Report of the Indian Hemp Drugs Commission, 1894-1895 - Volume VII
Year: 1894
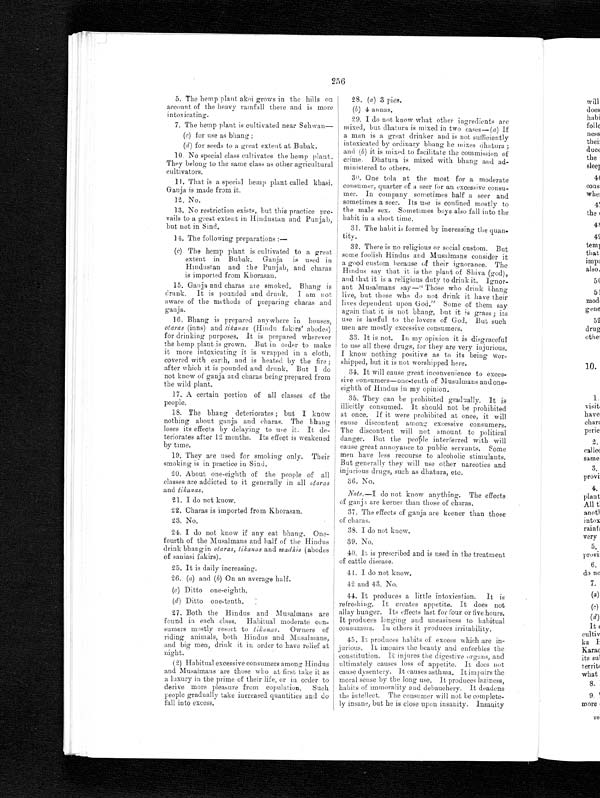
256
5. The hemp plant akoi grows in the hills on
account of the heavy rainfall there and is more
intoxicating.
7. The hemp plant is cultivated near Sehwan—
(c) for use as bhang ;
(d ) for seeds to a great extent at Bubak.
10. No special class cultivates the hemp plant.
They belong to the same class as other agricultural
cultivators,
11. That is a special hemp plant called khasi.
Ganja is made from it.
12. No.
13. No restriction exists, but this practice pre-
vails to a great extent in Hindustan and Punjab,
but not in Sind.
14. The following preparations :
—
(c) The hemp plant is cultivated to a great
extent in Bubak. Ganja is used in
Hindustan and the Punjab, and charas
is imported from Khorasan.
15. Ganja and charas are smoked. Bhang is
drunk. It i
s p o u n d e d a n d d r u n k . I a m n o t a w a r e o f t h e m e t h o d s o f p r e p a r i n g c h a r a s a n d
ganja.
16. Bhang is prepared anywhere in houses,
otaras (inns) and tikanas (Hindu fakirs' abodes)
for drinking purposes. It is prepared wherever
the hemp plant is grown. But in order to make
it more intoxicating it is wrapped in a cloth,
covered with earth, and is heated by the fire ;
after which it is pounded and drunk. But I do
not know of ganja and charas being prepared from
the wild plant.
17. A certain portion of all classes of the
people.
18. The bhang deteriorates ; but I know
nothing about ganja and charas The bhang
loses its effects by delaying to use it. It de-
teriorates after 12 months. Its effect is weakened
by time.
19. They are used for smoking only. Their
smoking is in practice in Sind.
20. About one-eighth of the people of all
classes are addicted to it generally in all otaras
and tikanas.
21. I do not know.
22. Charas is imported from Khorasan
.
23. No.
24. I do not know if any eat bhang. One-
fourth of the Musalmans and half of the Hindus
drink bhang in otaras, tikanas and madhis (abodes
of saniasi fakirs).
25. It is daily increasing.
26. (a) and (b) On an average half.
(c) Ditto one-eighth.
(d) Ditto one-tenth.
27. Both the Hindus and Musalmans are
found in each class. Habitual moderate con-
sumers mostly resort to tikanas. Owners of
riding animals, both Hindus and Musalmans,
and big men, drink it in order to have relief at
night.
(2) Habitual excessive consumers among Hindus
and Musalmans are those who at first take it as
a luxury in the prime of their life, or in order to
derive more pleasure from copulation. Such
people gradually take increased quantities and do
fall into excess.
28. ( a) 3 pies.
(b) 4 a n n a s .
29. I do not know what other ingredients are
mixed, but dhatura is mixed in two cases— ( a) If
a man is a great drinker and is not sufficiently
intoxicated by ordinary bhang he mixes dhatura
and (b) it is mixed to facilitate the commission of
crime, Dhatura is mixed with bhang and ad-
ministered to others.
30. One tola at the most for a moderate
consumer, quarter of a seer for an excessive consu-
mer. In company sometimes half a seer and
sometimes a seer. Its use is confined mostly to
the male sex. Sometimes boys also fall into the
habit in a short time.
31. The habit is formed by increasing the quan-
tity.
32. There is no religious or social custom. But
some foolish Hindus and Musalmans consider it
a good custom because of their ignorance. The
Hindus say that it is the plant of Shiva (god),
and that it is a religious duty to drink it. Ignor-
ant Musalmans say—" Those who drink bhang
l i v e , b u t t h o s e w h o d o n o t d r i n k i t h a v e t h e i r l i v e s d e p e n d e n t u p o n G o d . " S o m e o f t h e m s a y
again that it is not bhang, but it is grass ; its
use is lawful to the lovers of God. But such
men are mostly excessive consumers.
33. It is not. In my opinion it is disgraceful
to use all these drugs, for they are very injurious.
I know nothing positive as to its being wor-
shipped, but it is not worshipped here.
34. It will cause great inconvenience to exces-
sive consumers—one-tenth of Musulmans and one-
eighth of Hindus in my opinion.
35. They can be prohibited gradually. It is
illicitly consumed. It should not be prohibited
at once, If it were prohibited at once, it will
cause discontent among excessive consumers.
The discontent will not amount to political
danger. But the people interferred with will
cause great annoyance to public servants. Some
men have less recourse to alcoholic stimulants.
But generally they will use other narcotics and
injurious drugs, such as dhatura, etc.
36. No.
Note.—I do not know anything. The effects
of ganja are keener than those of charas.
37. The effects of ganja are keener than those
of charas.
38. I do not know
.
39. No.
40. It is prescribed and is used in the treatment
of cattle disease.
41. I do not know.
42 and 43. No.
44. It produces a little intoxication. It is
refreshing. It creates appetite. It does not
allay hunger. Its effects last for four or five hours.
It produces longing and uneasiness to habitual
consumers. In others it produces irritability.
45. It produces habits of excess which are in-
jurious. It impairs the beauty and enfeebles the
constitution. It injures the digestive organs, and
ultimately causes loss of appetite. It does not
cause dysentery. It causes asthma. It impairs the
moral sense by the long use. It produces laziness,
habits of immorality and debauchery. It deadens
the intellect. The consumer will not be complete-
ly insane, but he is close upon insanity. Insanity